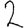
Digit: 2